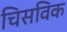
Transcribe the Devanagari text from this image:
चिसविक